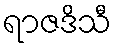
ရာဇဒိသီ